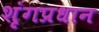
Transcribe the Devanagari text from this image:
शृंगप्रधान